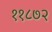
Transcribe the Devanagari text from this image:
११८७२